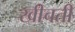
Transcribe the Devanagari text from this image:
खीचती